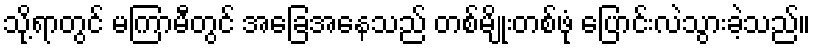
သို့ရာတွင် မကြာမီတွင် အခြေအနေသည် တစ်မျိုးတစ်ဖုံ ပြောင်းလဲသွားခဲ့သည်။